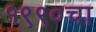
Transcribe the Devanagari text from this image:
१९९०चा